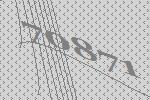
70871